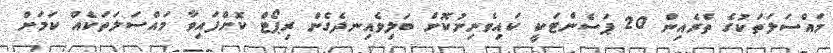
މައްސަލަތަކުގެ ތެރެއިން 20 ޕަސެންޓަކީ ކައިވެނިނުކޮށް ބަލިވެއިނދެގެން ރިޕޯޓް ކޮށްފައިވާ މައްސަލަތަކެއް ކަމަށް